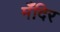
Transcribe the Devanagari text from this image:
मँदिर